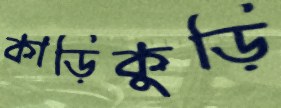
কাড়িকুড়ি